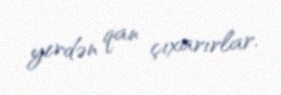
yerdən qan çıxarırlar.